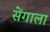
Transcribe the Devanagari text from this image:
सेंगाला